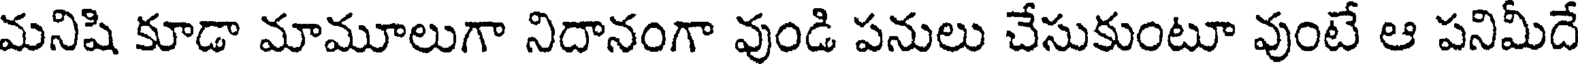
మనిషి కూడా మామూలుగా నిదానంగా వుండి పనులు చేసుకుంటూ వుంటే ఆ పనిమీదే